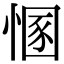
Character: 㥵